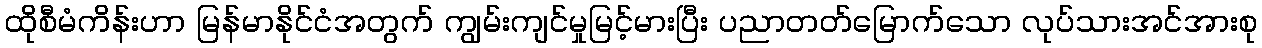
ထိုစီမံကိန်းဟာ မြန်မာနိုင်ငံအတွက် ကျွမ်းကျင်မှုမြင့်မားပြီး ပညာတတ်မြောက်သော လုပ်သားအင်အားစု